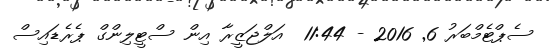
ސެޕްޓެމްބަރު 6